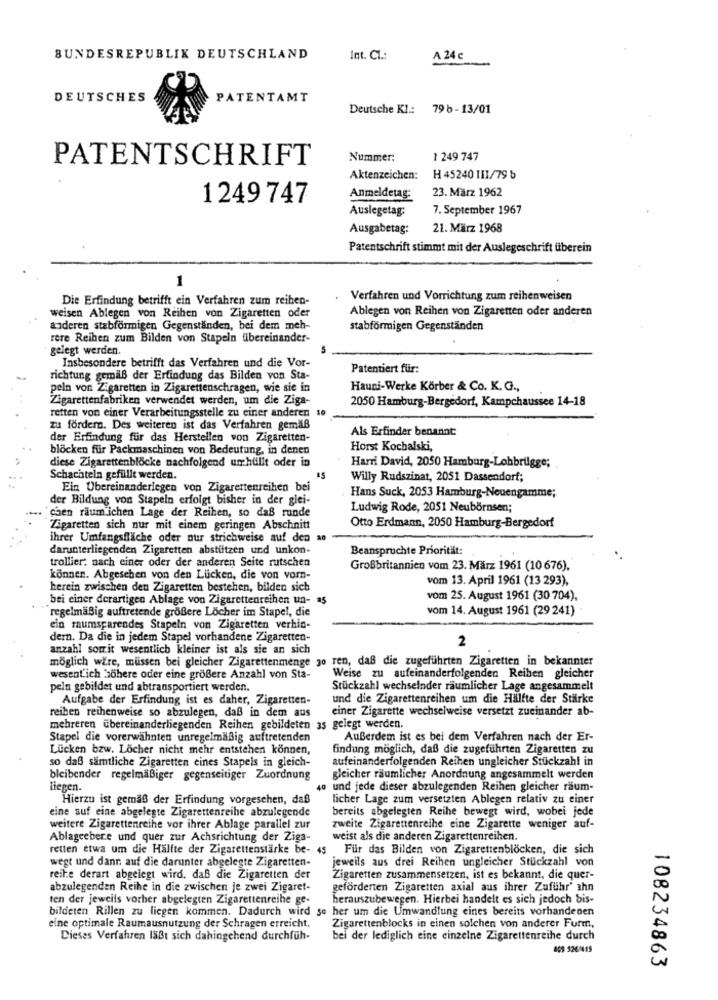
BUNDESREPUBLIK DEUTSCHLAND
Int. Cl .:
A 24 c
DEUTSCHES
PATENTAMT
Deutsche Kl .: 796 - 13/01
Nummer:
1 249 747
PATENTSCHRIFT
Aktenzeichen:
H 45240 111/79 b
23. März 1962
1249 747
Anmeldetag:
Auslegetag:
7. September 1967
Ausgabetag:
21. März 1968
Patentschrift stimmt mit der Auslegeschrift überein
1
Die Erfindung betrifft ein Verfahren zum reihen-
Verfahren und Vorrichtung zum reihenweisen
weisen Ablegen von Reihen von Zigaretten oder
Ablegen von Reihen von Zigaretten oder anderen
anderen stabförmigen Gegenständen, bei dem meh-
stabformigen Gegenständen
rere Reihen zum Bilden von Stapeln übereinander-
gelegt werden.
Insbesondere betrifft das Verfahren und die Vor-
Patentiert für:
richtung gemäß der Erfindung das Bilden von Sta-
peln von Zigaretten in Zigarettenschragen, wie sie in
Hauni-Werke Körber & Co. K. G .,
Zigarettenfabriken verwendet werden, um die Ziga-
2050 Hamburg-Bergedorf, Kampchaussee 14-18
retten von einer Verarbeitungsstelle zu einer anderen 10
zu fördern. Des weiteren ist das Verfahren gemäß
Als Erfinder benannt:
der Erfindung für das Herstellen von Zigaretten-
blocken für Packmaschinen von Bedeutung, in denen
Horst Kochalski,
diese Zigarettenblöcke nachfolgend umhüllt oder in
Harri David, 2050 Hamburg-Lohbrilgge;
Schachteln gefüllt werden.
Willy Rudszinat, 2051 Dassendorf;
Ein Übereinanderlegen von Zigarettenreihen bei
der Bildung von Stapeln erfolgt bisher in der glei-
Hans Suck, 2053 Hamburg-Neuengamme;
chen raum ichen Lage der Reihen, so daß runde
Ludwig Rode, 2051 Neubörnsen;
Otto Erdmann, 2050 Hamburg-Bergedorf
Zigaretten sich nur mit einem geringen Abschnitt
ihrer Umfangsfläche oder nur strichweise auf den ao
darunterliegenden Zigaretten abstutzen und unkon-
Beanspruchte Priorität:
trollier: nach einer oder der anderen Seite rutschen
Großbritannien vom 23. März 1961 (10 676).
können. Abgesehen von den Lücken, die von vorn-
vom 13. April 1961 (13 293),
herein zwischen den Zigaretten bestehen, bilden sich
bei einer derartigen Ablage von Zigarettenreihen un-
vom 25. August 1961 (30 704),
regelmäßig auftretende größere Löcher im Stapel, die
vom 14. August 1961 (29 241)
ein raumsparendes Stapeln von Zigaretten verhin-
dern. Da die in jedem Stapel vorhandene Zigaretten-
2
anzahl somrit wesentlich kleiner ist als sie an sich
möglich wäre, müssen bei gleicher Zigarettenmenge 30 ren, daß die zugeführten Zigaretten in bekannter
wesent'ich sohere oder eine größere Anzahl von Sta-
Weise zu aufeinanderfolgenden Reiben gleicher
peln gebildet und abtransportiert werden.
Stückzahl wechselnder räumlicher Lage angesammelt
Aufgabe der Erfindung ist es daher, Zigaretten-
und die Zigarettenreihen um die Hälfte der Stärke
reiben reihenweise so abzulegen, daß in dem aus
einer Zigarette wechselweise versetzt zueinander ab-
mehreren übereinanderliegenden Reihen gebildeten 35 gelegt werden.
Stapel die vorerwähnten unregelmäßig auftretenden
AuBerdem ist es bei dem Verfahren nach der Er-
Lücken bzw. Löcher nicht mehr entstehen können,
findung möglich, daß die zugeführten Zigaretten zu
so daß sämtliche Zigaretten eines Stapeis in gleich-
aufeinanderfolgenden Reihen ungleicher Stückzahl in
bleibender regelmäßiger gegenseitiger Zuordnung
gleicher räumlicher Anordnung angesammelt werden
liepen
40 und jede dieser abzulegenden Reihen gleicher räum-
Hierzu ist gemäß der Erfindung vorgesehen, daß
licher Lage zum versetzten Ablegen relativ zu einer
eine suf eine abgelegte Zigarettenreihe abzulegende
bereits abgelegten Reihe bewegt wird, wobei jede
weitere Zigarettenreihe vor ihrer Ablage parallel zur
zweite Zigarettenreihe eine Zigarette weniger auf-
Ablageebere und quer zur Achsrichtung der Ziga-
weist als die anderen Zigarettenreihen.
retten etwa um die Hälfte der Zigarettenstärke be- 45
Für das Bilden von Zigarettenblöcken, die sich
wegt und dann auf die darunter abgelegte Zigaretten-
jeweils aus drei Reihen ungleicher Stückzahl von
reife derart abgelegt wird, daß die Zigaretten der
Zigaretten zusammensetzen, ist es bekannt, die quer-
abzulegenden Reihe in die zwischen je zwei Zigaret-
geforderten Zigaretten axial aus ihrer Zufuhr' ahn
ten der jeweils vorher abgelegten Zigarettenreihe ge-
herauszubewegen. Hierbei handelt es sich jedoch bis-
bildeten Rillen zu liegen kommen. Dadurch wird se her um die Umwandlung eines bereits vorhandenen
eine optimale Raumausnutzung der Schragen erreicht.
Zigarettenblocks in einen solchen von anderer Furm.
Dieses Verfahren läßt sich dahingehend durchfüh-
bei der lediglich eine einzelne Zigarettenreihe durch
108234863